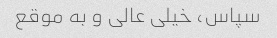
سپاس، خیلی عالی و به موقع